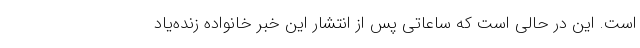
است. این در حالی است که ساعاتی پس از انتشار این خبر خانواده زنده‌یاد